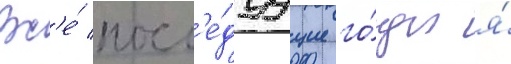
Вс'е́ посл'е́дуущие го́ды я́